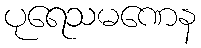
ပုရေသမဏေန